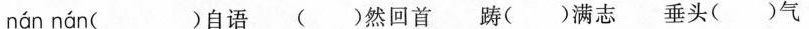
nán nán ( )自语 ( )然回首 踌( )满志 垂头( )气